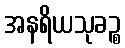
အနရိယသုခဉ္စ